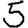
Digit: 5